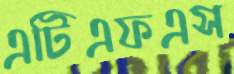
এটিএফএস